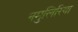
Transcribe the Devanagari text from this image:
नमुलिरिया